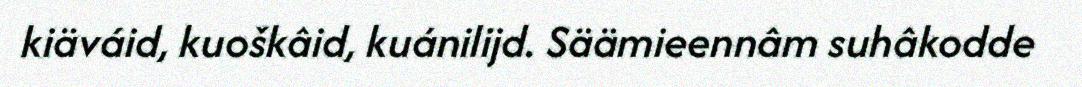
kiäváid, kuoškâid, kuánilijd. Säämieennâm suhâkodde